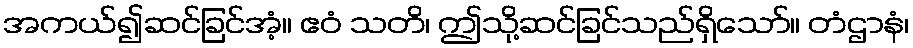
အကယ်၍ဆင်ခြင်အံ့။ ဧဝံ သတိ၊ ဤသို့ဆင်ခြင်သည်ရှိသော်။ တံဌာနံ၊